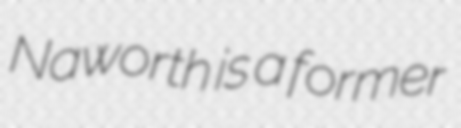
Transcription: Naworth is a former